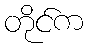
တိုင်က